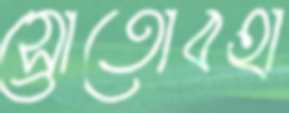
স্রোতোবহা